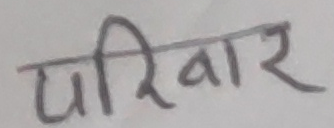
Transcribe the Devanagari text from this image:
परिवार